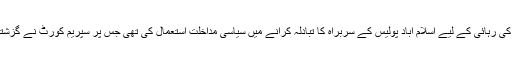
واضح رہے کہ گزشتہ سال اعظم سواتی پر الزام عائد کیا گیا تھا کہ انہوں نے اپنے پڑوسی کی رہائی کے لیے اسلام آباد پولیس کے سربراہ کا تبادلہ کرانے میں سیاسی مداخلت استعمال کی تھی جس پر سپریم کورٹ نے گزشتہ سال 29 اکتوبر کو نوٹس لیتے ہوئے آئی جی کے تبادلے کا نوٹی فکیشن معطل کردیا تھا۔